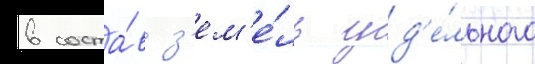
в соста́в з'ем'е́ль уд'е́льного